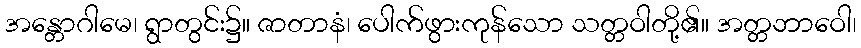
အန္တောဂါမေ၊ ရွာတွင်း၌။ ဇာတာနံ၊ ပေါက်ဖွားကုန်သော သတ္တဝါတို့၏။ အတ္တဘာဝေါ၊